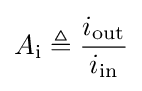
A_{\text{i}}\triangleq {\frac {i_{\text{out}}}{i_{\text{in}}}}